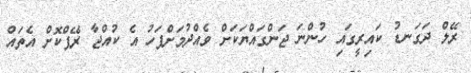
ރޭލް ދަގަނޑު ކައިރީގައި ހުންނަ ޖަންގައްޔަކަށް ވެއްދުމަށްފަހު އެ ކުއްޖާ ރޭޕްކޮށް އެތައް